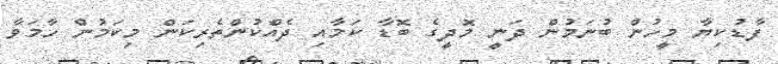
ފާޑުކިޔާ މީހުން ބުނަމުން ދަނީ މޮދީގެ ބޮޑާ ކަމާއި ދެއްކުންތެރިކަން މިކަމުން ހާމަވާ